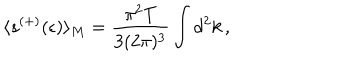
LaTeX: \langle s ^ { ( + ) } ( \epsilon ) \rangle _ { M } = \frac { \pi ^ { 2 } T } { 3 ( 2 \pi ) ^ { 3 } } \int d ^ { 2 } k \, { , }